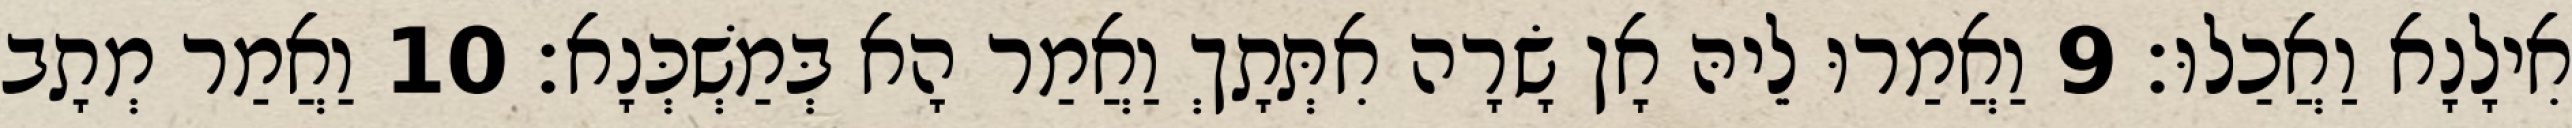
אִילָנָא וַאֲכַלוּ׃ 9 וַאֲמַרוּ לֵיהּ אָן שָׂרָה אִתְּתָךְ וַאֲמַר הָא בְּמַשְׁכְּנָא׃ 10 וַאֲמַר מְתָב